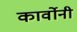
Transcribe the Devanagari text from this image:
कार्वोनी